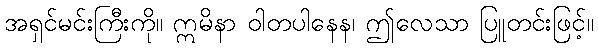
အရှင်မင်းကြီးကို။ ဣမိနာ ဝါတပါနေန၊ ဤလေသာ ပြူတင်းဖြင့်။